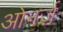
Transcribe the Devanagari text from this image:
ओनर्ज़